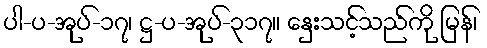
ပါ-ပ-အုပ်-၁၇၊ ဋ္ဌ-ပ-အုပ်-၃၁၇။ နှေးသင့်သည်ကို မြန်၊